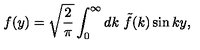
f ( y ) = \sqrt { \frac { 2 } { \pi } } \int _ { 0 } ^ { \infty } d k \ \tilde { f } ( k ) \sin k y ,